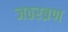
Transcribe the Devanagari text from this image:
जठरब्रण